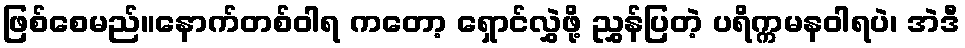
ဖြစ်စေမည်။နောက်တစ်ဝါရ ကတော့ ရှောင်လွှဲဖို့ ညွှန်ပြတဲ့ ပရိက္ကမနဝါရပဲ၊ အဲဒီ